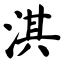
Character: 淇